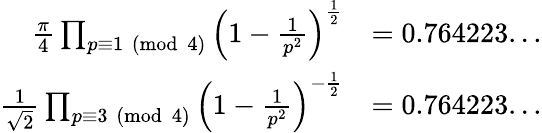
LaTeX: {\begin{array}{rl}{{\frac{\pi}{4}}\prod_{p\equiv 1{\pmod{4}}}\left(1-{\frac{1}{p^{2}}}\right)^{\frac{1}{2}}}&{=0.764223...}\\ {{\frac{1}{\sqrt{2}}}\prod_{p\equiv 3{\pmod{4}}}\left(1-{\frac{1}{p^{2}}}\right)^{-{\frac{1}{2}}}}&{=0.764223...}\end{array}}